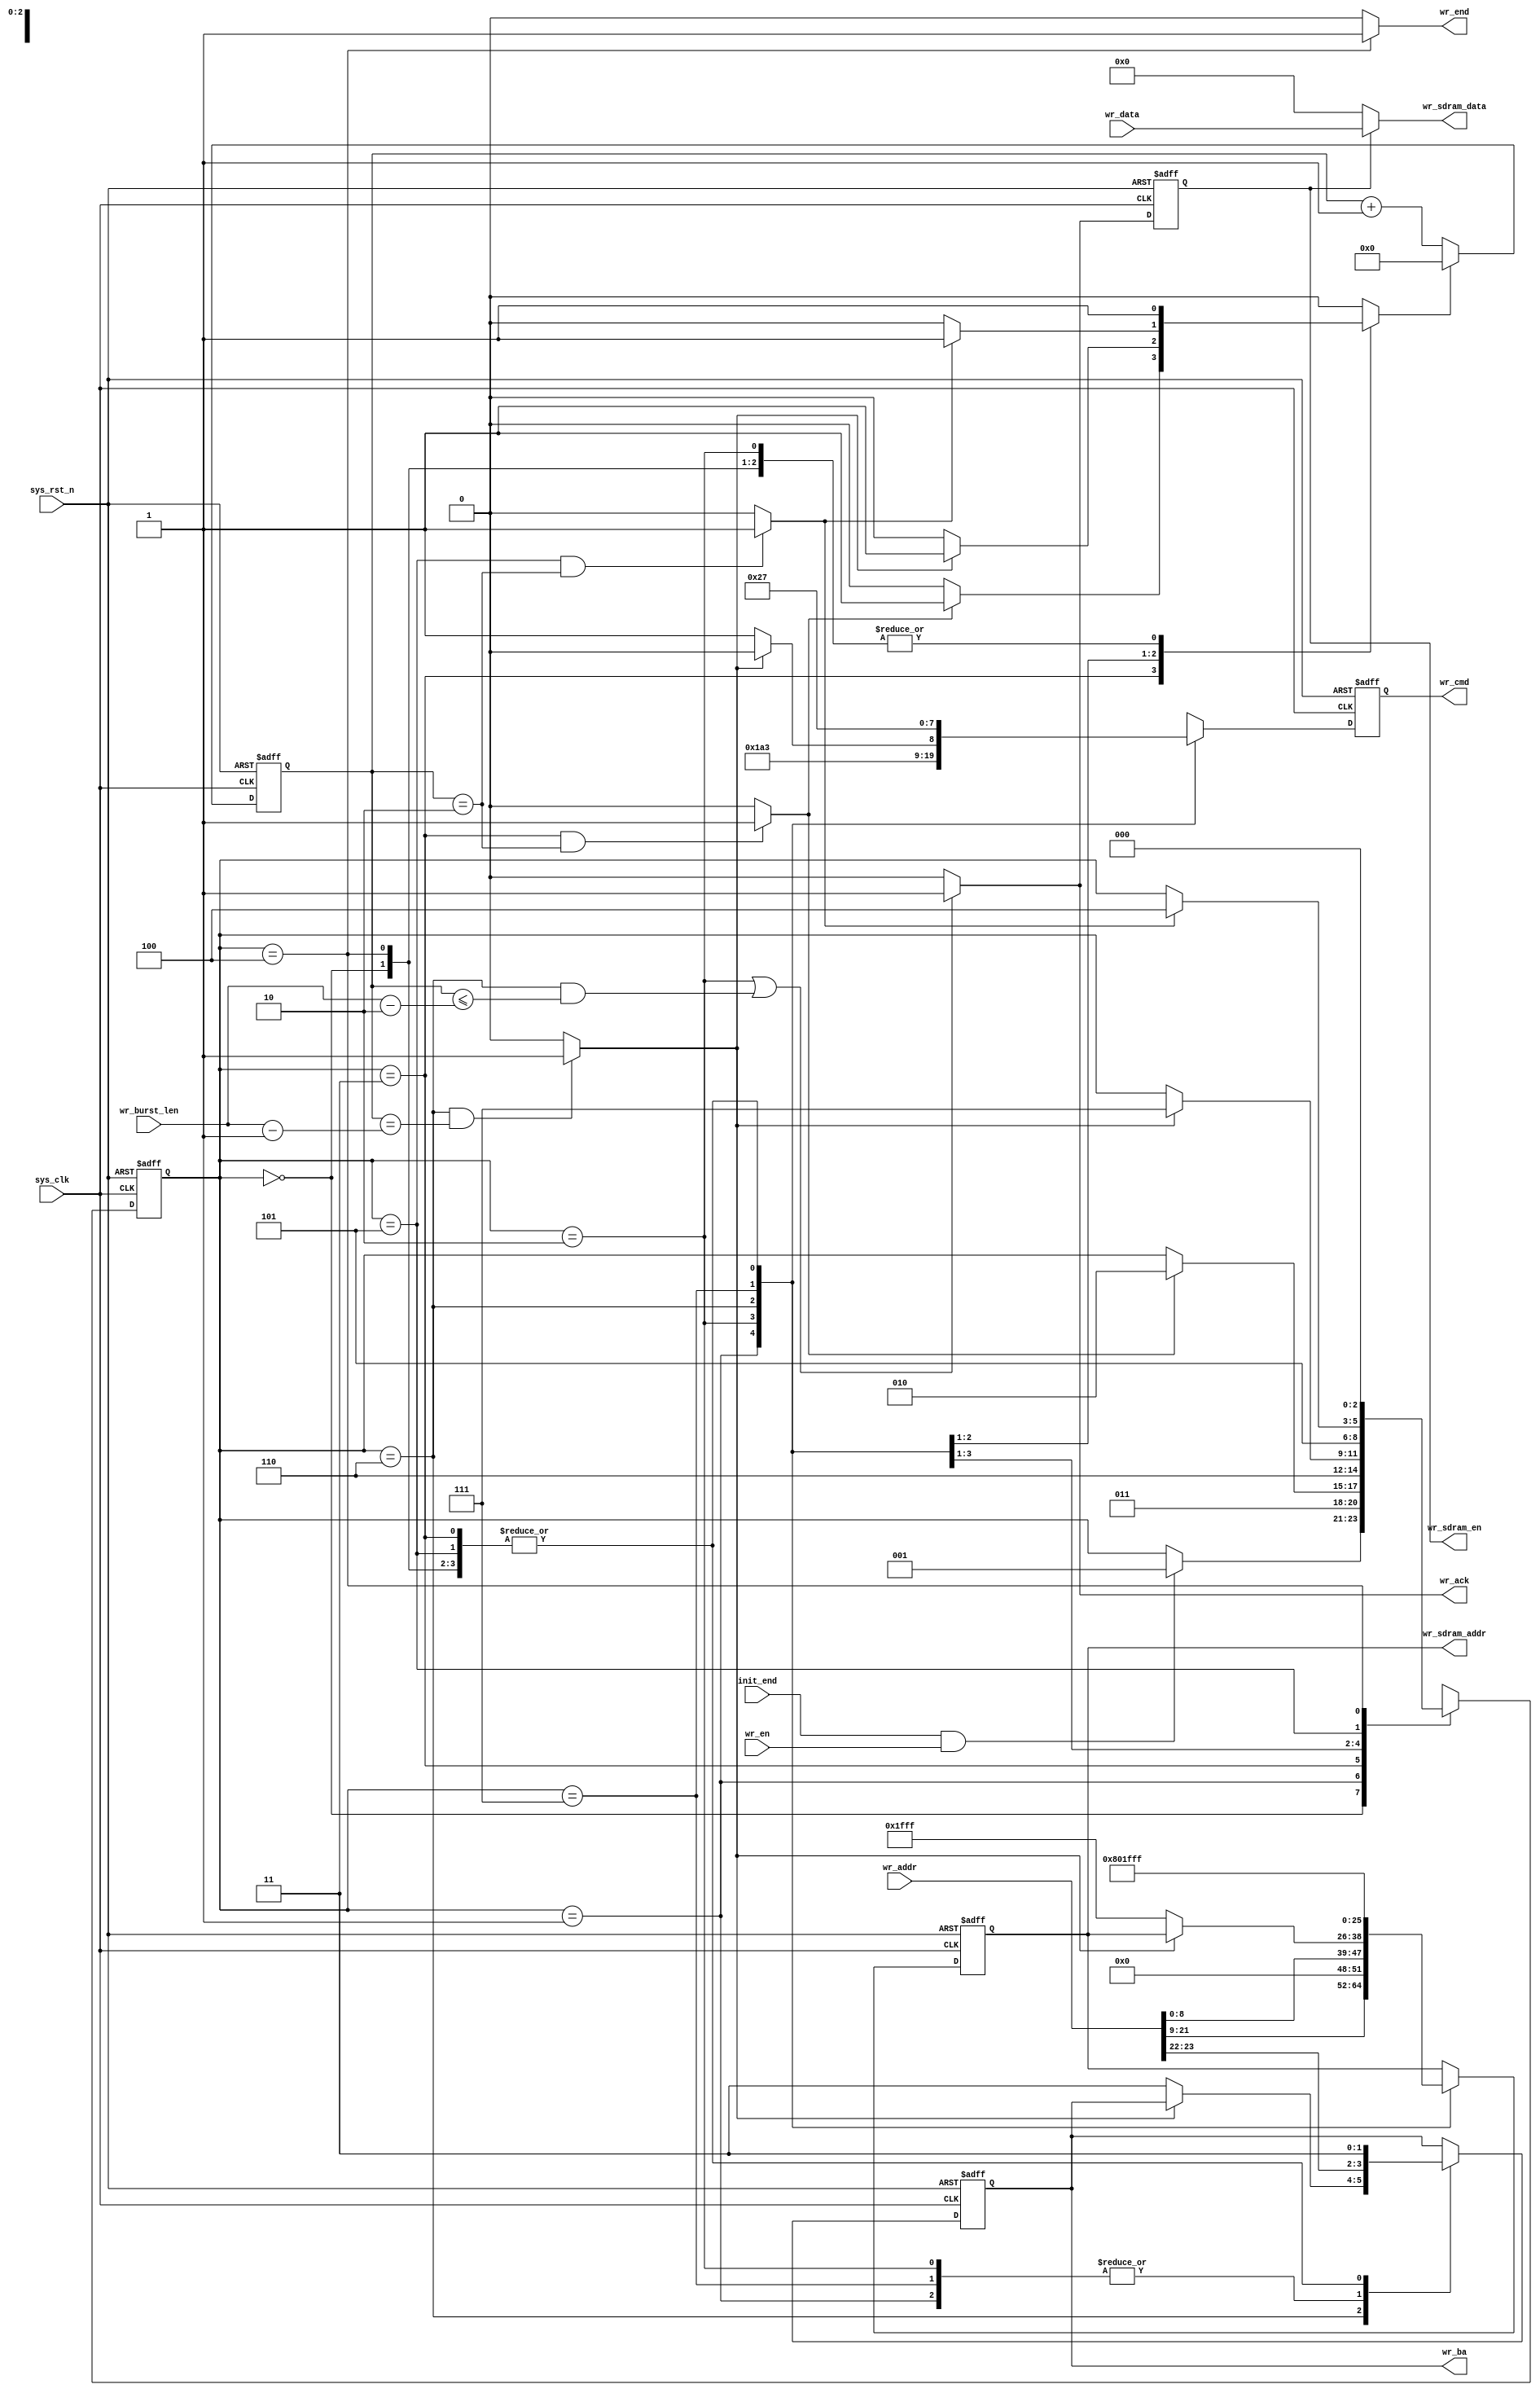
module  sdram_write
(
    input   wire            sys_clk     ,
    input   wire            sys_rst_n   ,
    input   wire            init_end    ,
    input   wire    [23:0]  wr_addr     ,
    input   wire    [15:0]  wr_data     ,
    input   wire    [9:0]   wr_burst_len,
    input   wire            wr_en       ,

    output  reg     [3:0]   wr_cmd      ,
    output  reg     [1:0]   wr_ba       ,
    output  reg     [12:0]  wr_sdram_addr,
    output  reg             wr_sdram_en ,
    output  wire            wr_end      ,
    output  wire    [15:0]  wr_sdram_data,
    output  wire            wr_ack
);

parameter   WR_IDLE     =   3'b000,
            WR_ACTIVE   =   3'b001,
            WR_TRCD    =   3'b011,
            WRITE      =   3'b010,
            WR_DATA    =   3'b110,
            WR_PCH     =   3'b111,
            WR_TRP     =   3'b101,
            WR_END     =   3'b100;

parameter   NOP         =   4'b0111,
            ACTIVE      =   4'b0011,
            WR_CMD      =   4'b0100,
            B_STOP      =   4'b0110,
            P_CHARGE    =   4'b0010;

parameter   TRCD     =  'd2,
            TRP      =  'd2;

wire            trcd_end    ;
wire            twr_end     ;
wire            trp_end     ;

reg     [2:0]   wr_state    ;
reg     [9:0]   cnt_clk     ;
reg             cnt_clk_rst ;

always@(posedge sys_clk or negedge sys_rst_n)
    if(sys_rst_n == 1'b0)
        wr_state    <=  WR_IDLE;
    else
        case(wr_state)
            WR_IDLE  :
                if((init_end == 1'b1) && (wr_en == 1'b1))
                    wr_state    <=  WR_ACTIVE;
                else
                    wr_state    <=  wr_state;
            WR_ACTIVE:
                wr_state    <=  WR_TRCD;
            WR_TRCD  :
                if(trcd_end == 1'b1)
                    wr_state    <=  WRITE;
                else
                    wr_state    <=  wr_state;
            WRITE    :
                wr_state    <=  WR_DATA;
            WR_DATA  :
                if(twr_end == 1'b1)
                    wr_state    <=  WR_PCH;
                else
                    wr_state    <=  wr_state;
            WR_PCH   :
                wr_state    <=  WR_TRP;
            WR_TRP   :
                if(trp_end == 1'b1)
                    wr_state    <=  WR_END;
                else
                    wr_state    <=  wr_state;
            WR_END   :
                wr_state    <=  WR_IDLE;
            default:
                wr_state    <=  WR_IDLE;
        endcase

always@(posedge sys_clk or negedge sys_rst_n)
    if(sys_rst_n == 1'b0)
        cnt_clk <=  10'd0;
    else    if(cnt_clk_rst == 1'b1)
        cnt_clk <=  10'd0;
    else
        cnt_clk <=  cnt_clk + 1'b1;

always@(*)
    begin
        case(wr_state)
            WR_IDLE :   cnt_clk_rst <=  1'b1;
            WR_TRCD :   cnt_clk_rst <=  (trcd_end == 1'b1) ? 1'b1 : 1'b0;
            WRITE   :   cnt_clk_rst <=  1'b1;
            WR_DATA :   cnt_clk_rst <=  (twr_end == 1'b1) ? 1'b1 : 1'b0;
            WR_PCH  :   cnt_clk_rst <=  (trp_end == 1'b1) ? 1'b1 : 1'b0;
            WR_END  :   cnt_clk_rst <=  1'b1;
            default:cnt_clk_rst <=  1'b0;
        endcase
    end

assign  trcd_end = ((wr_state == WR_TRCD) && (cnt_clk == TRCD)) ? 1'b1 : 1'b0;
assign  twr_end  = ((wr_state == WR_DATA) && (cnt_clk == (wr_burst_len - 1'b1))) ? 1'b1 : 1'b0;
assign  trp_end  = ((wr_state == WR_TRP ) && (cnt_clk == TRP )) ? 1'b1 : 1'b0;

assign  wr_ack  =  ((wr_state == WRITE) || ((wr_state == WR_DATA) && (cnt_clk <= (wr_burst_len - 2'd2)))) ? 1'b1 : 1'b0;

assign  wr_end  = (wr_state == WR_END) ? 1'b1 : 1'b0;

always@(posedge sys_clk or negedge sys_rst_n)
    if(sys_rst_n == 1'b0)
        begin
            wr_cmd          <=  NOP;
            wr_ba           <=  2'b11;
            wr_sdram_addr   <=  13'h1fff;
        end
    else
        case(wr_state)
            WR_IDLE,WR_TRCD,WR_TRP:
                begin
                    wr_cmd          <=  NOP;
                    wr_ba           <=  2'b11;
                    wr_sdram_addr   <=  13'h1fff;
                end
            WR_ACTIVE:
                begin
                    wr_cmd          <=  ACTIVE;
                    wr_ba           <=  wr_addr[23:22];
                    wr_sdram_addr   <=  wr_addr[21:9];
                end
            WRITE:
                begin
                    wr_cmd          <=  WR_CMD;
                    wr_ba           <=  wr_addr[23:22];
                    wr_sdram_addr   <=  {4'b0000,wr_addr[8:0]};
                end
            WR_DATA:
                if(twr_end == 1'b1)
                    wr_cmd          <=  B_STOP;
                else
                    begin
                        wr_cmd          <=  NOP;
                        wr_ba           <=  2'b11;
                        wr_sdram_addr   <=  13'h1fff;
                    end
            WR_PCH:
                begin
                    wr_cmd          <=  P_CHARGE;
                    wr_ba           <=  wr_addr[23:22];
                    wr_sdram_addr   <=  13'h0400;
                end
            WR_END:
                begin
                    wr_cmd          <=  NOP;
                    wr_ba           <=  2'b11;
                    wr_sdram_addr   <=  13'h1fff;
                end
            default:
                begin
                    wr_cmd          <=  NOP;
                    wr_ba           <=  2'b11;
                    wr_sdram_addr   <=  13'h1fff;
                end
        endcase

always@(posedge sys_clk or negedge sys_rst_n)
    if(sys_rst_n == 1'b0)
        wr_sdram_en <=  1'b0;
    else
        wr_sdram_en <=  wr_ack;

assign  wr_sdram_data = (wr_sdram_en == 1'b1) ? wr_data : 16'd0;

endmodule